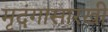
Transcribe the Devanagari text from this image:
मृदंगासारखी